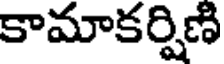
కామాకర్షిణి